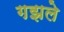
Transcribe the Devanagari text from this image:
गझले